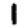
Digit: 1